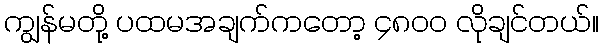
ကျွန်မတို့ ပထမအချက်ကတော့ ၄၈၀၀ လိုချင်တယ်။